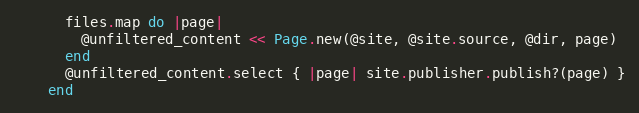
Language: Ruby
      files.map do |page|
        @unfiltered_content << Page.new(@site, @site.source, @dir, page)
      end
      @unfiltered_content.select { |page| site.publisher.publish?(page) }
    end